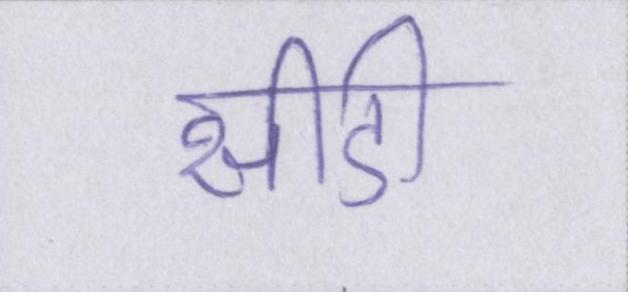
सीडी